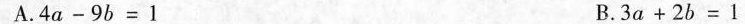
A. $$4 a - 9 b = 1$$ B. $$3 a + 2 b = 1$$